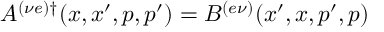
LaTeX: A ^ { ( \nu e ) \dagger } ( x , x ^ { \prime } , p , p ^ { \prime } ) = B ^ { ( e \nu ) } ( x ^ { \prime } , x , p ^ { \prime } , p )